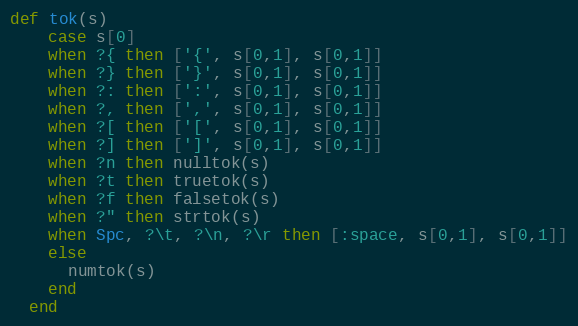
Language: Ruby
def tok(s)
    case s[0]
    when ?{ then ['{', s[0,1], s[0,1]]
    when ?} then ['}', s[0,1], s[0,1]]
    when ?: then [':', s[0,1], s[0,1]]
    when ?, then [',', s[0,1], s[0,1]]
    when ?[ then ['[', s[0,1], s[0,1]]
    when ?] then [']', s[0,1], s[0,1]]
    when ?n then nulltok(s)
    when ?t then truetok(s)
    when ?f then falsetok(s)
    when ?" then strtok(s)
    when Spc, ?\t, ?\n, ?\r then [:space, s[0,1], s[0,1]]
    else
      numtok(s)
    end
  end